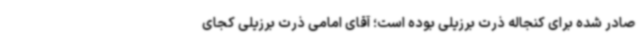
صادر شده برای کنجاله ذرت برزیلی بوده است؛ آقای امامی ذرت برزیلی کجای